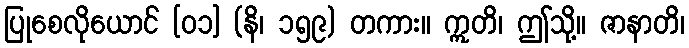
ပြုစေလိုယောင် [၀၁] (နိ၊ ၁၅၉) တကား။ ဣတိ၊ ဤသို့။ ဇာနာတိ၊